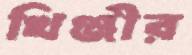
খিঞ্জীর